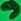
Text: 9